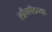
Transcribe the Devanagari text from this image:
लाँचपॅडच्या